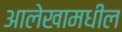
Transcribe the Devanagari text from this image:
आलेखामधील